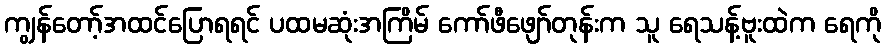
ကျွန်တော့်အထင်ပြောရရင် ပထမဆုံးအကြိမ် ကော်ဖီဖျော်တုန်းက သူ ရေသန့်ဗူးထဲက ရေကို